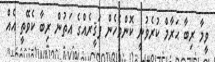
ވީމާ ރިބާ ޙަރާމް ކުރެވުނީ ކޮންމެހެން ފަޤީރެއްގެ އަތުން ރިބާ ކެވޭތީ އެއް